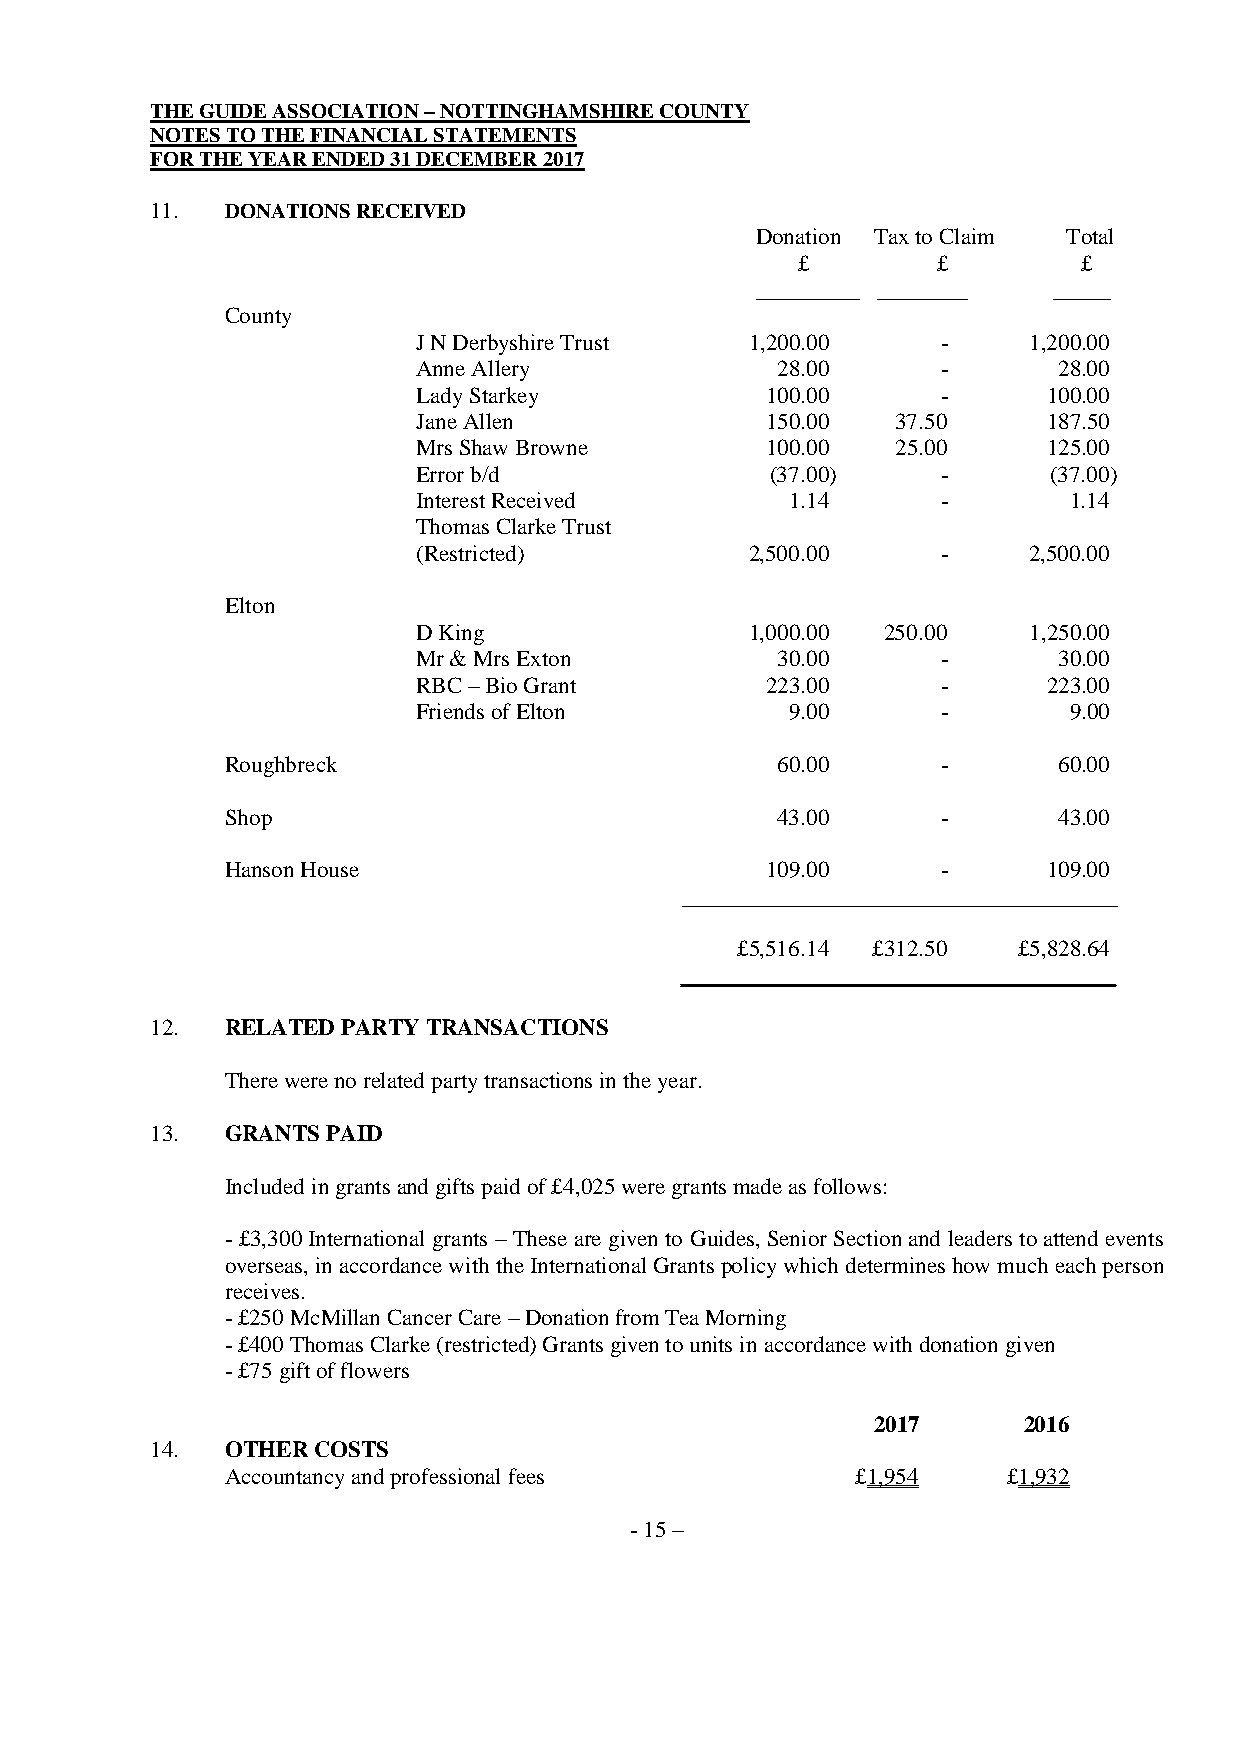
THE GUIDE ASSOCIATION – NOTTINGHAMSHIRE COUNTY
 NOTES TO THE FINANCIAL STATEMENTS
 FOR THE YEAR ENDED 31 DECEMBER 2017
 11.  DONATIONS RECEIVED
 Donation Tax to Claim Total
 £        £         £
 _________ ________  _____
 County
 J N Derbyshire Trust  1,200.00    -     1,200.00
 Anne Allery            28.00      -       28.00
 Lady Starkey           100.00     -      100.00
 Jane Allen             150.00  37.50     187.50
 Mrs Shaw Browne        100.00  25.00     125.00
 Error b/d              (37.00)    -      (37.00)
 Interest Received       1.14      -        1.14
 Thomas Clarke Trust
 (Restricted)          2,500.00    -     2,500.00
 Elton
 D King                1,000.00 250.00   1,250.00
 Mr & Mrs Exton         30.00      -       30.00
 RBC – Bio Grant        223.00     -      223.00
 Friends of Elton        9.00      -        9.00
 Roughbreck                          60.00      -       60.00
 Shop                                43.00      -       43.00
 Hanson House                        109.00     -      109.00
 ______________________________________
 £5,516.14 £312.50 £5,828.64
 ______________________________________
 12.  RELATED PARTY TRANSACTIONS
 There were no related party transactions in the year.
 13.  GRANTS PAID
 Included in grants and gifts paid of £4,025 were grants made as follows:
 - £3,300 International grants – These are given to Guides, Senior Section and leaders to attend events
 overseas, in accordance with the International Grants policy which determines how much each person
 receives.
 - £250 McMillan Cancer Care – Donation from Tea Morning
 - £400 Thomas Clarke (restricted) Grants given to units in accordance with donation given
 - £75 gift of flowers
 2017      2016
 14.  OTHER COSTS
 Accountancy and professional fees         £1,954    £1,932
 - 15 –